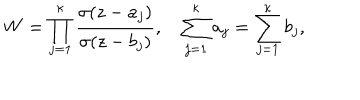
LaTeX: W = \prod _ { j = 1 } ^ { \kappa } \frac { \sigma ( z - a _ { j } ) } { \sigma ( z - b _ { j } ) } , \quad \sum _ { j = 1 } ^ { \kappa } a _ { j } = \sum _ { j = 1 } ^ { \kappa } b _ { j } ,